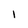
Character: i